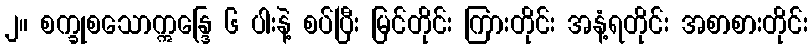
၂။ စက္ခုစသောဣန္ဒြေ ၆ ပါးနဲ့ စပ်ပြီး မြင်တိုင်း ကြားတိုင်း အနံ့ရတိုင်း အစာစားတိုင်း